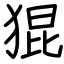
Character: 猑